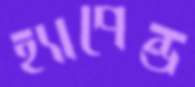
হ্যাপেন্ড